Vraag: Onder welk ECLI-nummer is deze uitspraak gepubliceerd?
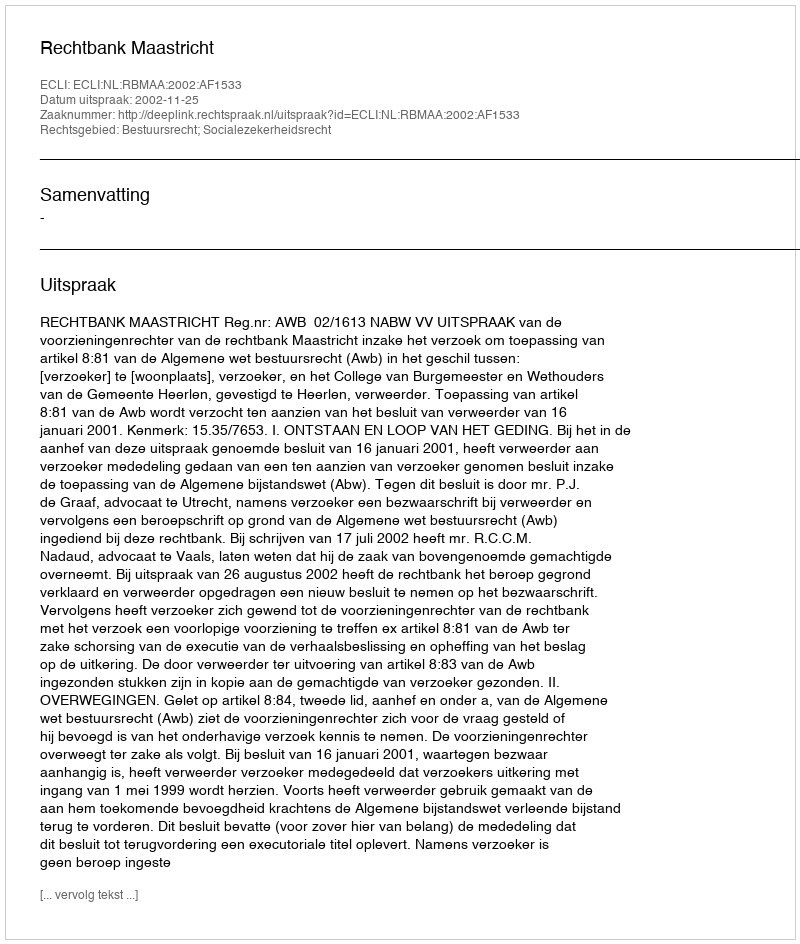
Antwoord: ECLI:NL:RBMAA:2002:AF1533